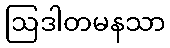
ဩဒါတမနသာ